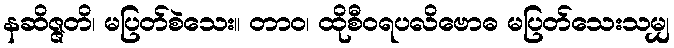
နဆိဇ္ဇတိ၊ မပြတ်စဲသေး။ တာဝ၊ ထိုစီဝရပလိဗောဓ မပြတ်သေးသမျှ